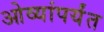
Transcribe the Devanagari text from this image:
ओव्यांपर्यंत